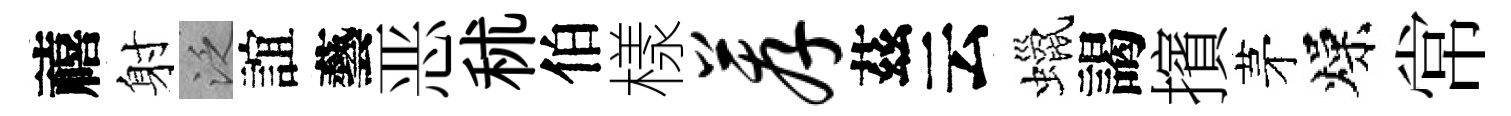
禧射泛誼藝恶秫伯樣荐茲云蠟謁擯茅燥常